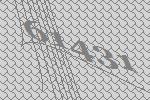
61431